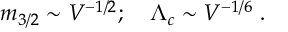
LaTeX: m _ { 3 / 2 } \sim V ^ { - 1 / 2 } ; \quad \Lambda _ { c } \sim V ^ { - 1 / 6 } \ .